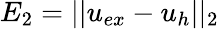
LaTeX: E_{2}=||u_{ex}-u_{h}||_{2}